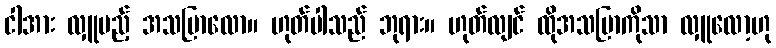
ငါအား လှူမည့် အသပြာလော။ ဟုတ်ပါသည် ဘုရား။ ဟုတ်လျင် ထိုအသပြာကိုသာ လှူလော့ဟု